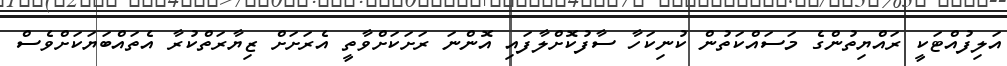
އަލިފުއްޓަކީ ރައްޔިތުންގެ މަސައްކަތުން ކުނިކަހާ ސާފުކޮށްލާފައި އޮންނަ ރަށަކަށްވާތީ އެރަށަށް ޒިޔާރަތްކުރާ އެތައްބަޔަކަށްވެސް